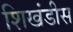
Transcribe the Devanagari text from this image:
शिखंडीस